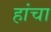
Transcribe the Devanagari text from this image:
हांचा